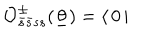
\mathcal { O } _ { \bar { s } \bar { s } s s } ^ { \pm } ( \underline { { { \theta } } } ) = \langle \, 0 \, | \,